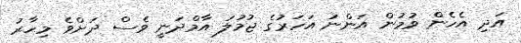
އަދި އެހެން ވުމުން އަންނަ އަހަރުގެ ޖުމުލަ އާމްދަނީ ވެސް ދަށްވެ މިހާރު